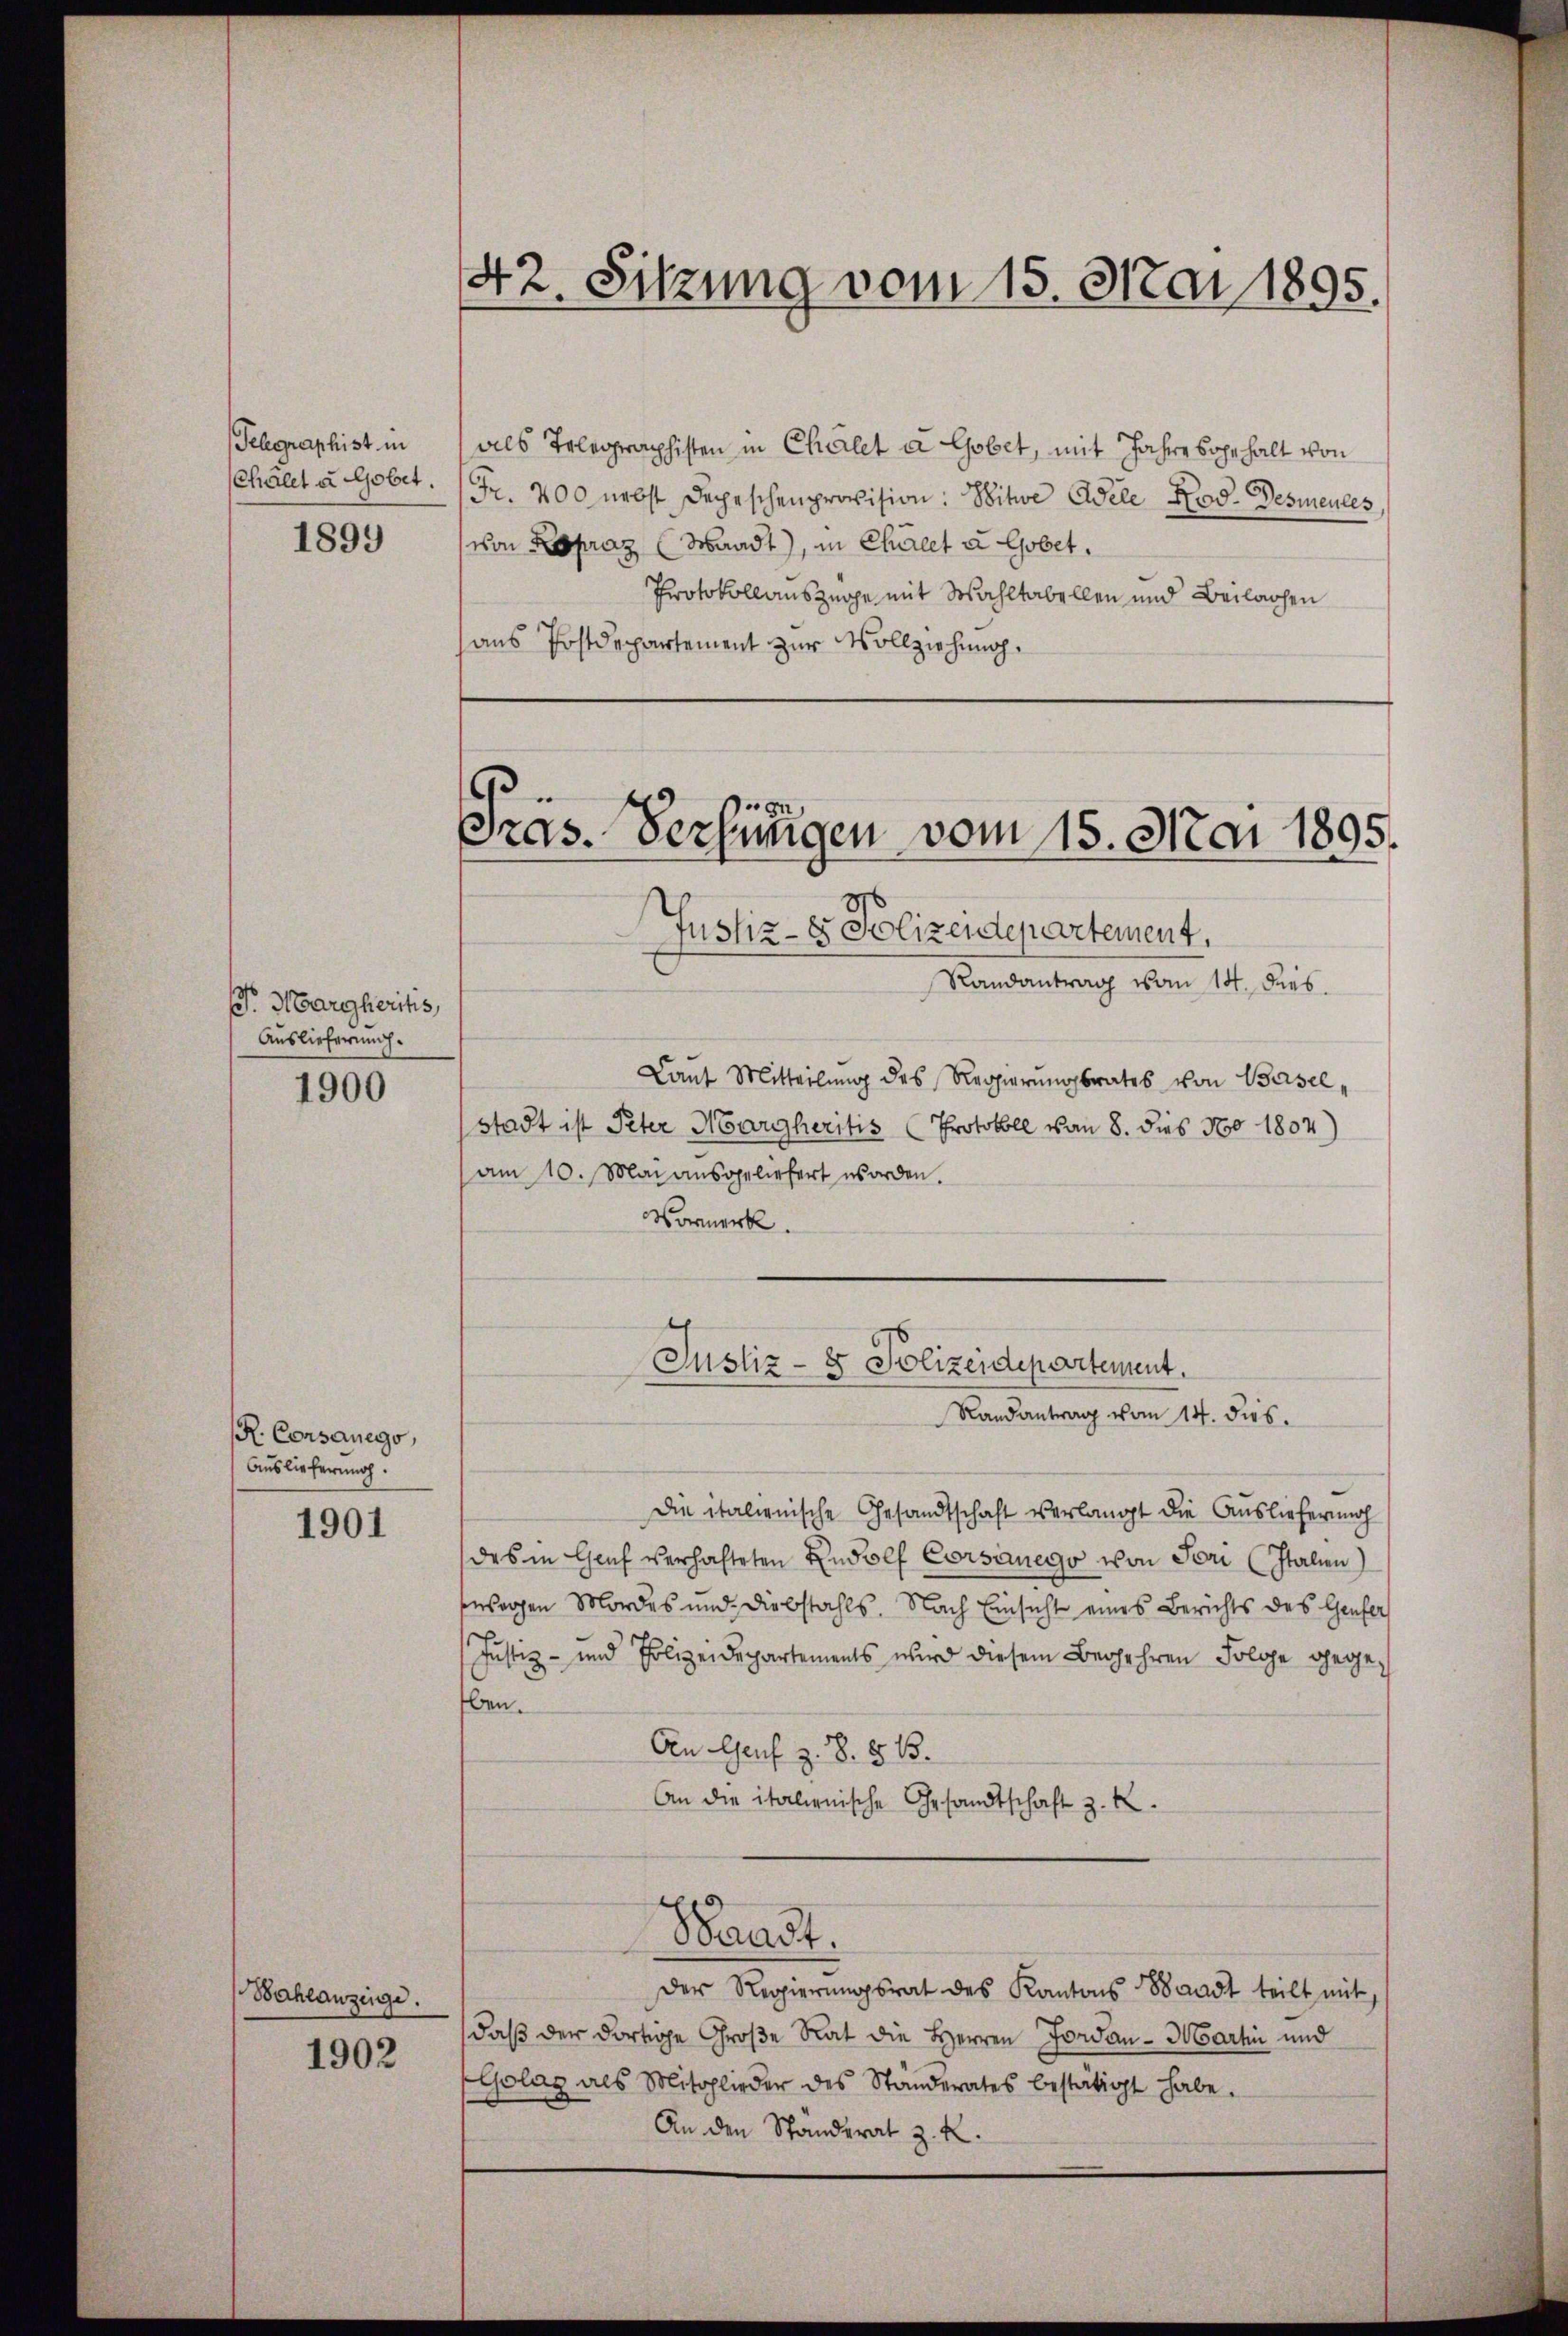
Telegraphist in
1899

Pr. Margheritis,
Auslieferung.

1900

R. Consanego,
Auslieferung.

1901

Bahlanzeige.
1902

42. Sitzung vom 15. Mai 1895.

als Telegraphisten in Chalet a Gobet, mit Jahre sogehalt von
chällt u. Gobet. (Fr. 200 nebst Depeschenprovision: Witwe Adele Rod. Desmeules,
von Lopraz (Waadt), in Chalet u Gobet.
Protokollauszüge mit Wahltabellen und Beilagen
aus Postdepartement zur Vollziehung.

n)
Präs. Serfungen vom 15. Mai 1895.

Justiz- & Polizeidepartement.
Randantrag vom 14. dies
Laut Mitteilung des Regierungsrates von Basel¬
Stadt ist Peter Margheritis Protokoll von 8. dies No 1804)
am 10. Mai ausgeliefert worden.
Vormerk.
Randantrag vom 14. dies.
Die italienische Gesandtschaft verlangt die Auslieferung
des in Genf verhalteten Rudolf Corsiego von Fori (Italien
ssagen Mordes und Diebstahls. Nach Einsicht eines Berichts des Genfer
Justiz- und Polizeidepartements wird diesem Begehren Folge gegeben.
An Genf z. B. § 13.
An die italienische Gesandtschaft z. B.
Baast.
Der Regierungsrat des Kantons Waadt teilt mit,
daß der dortige Große Rat die Herren Jowan - Martin und
Golaz als Mitglieder des Ständerates bestätigt habe.
An den Standerat z. R.

Justiz- & Polizeidepartement.